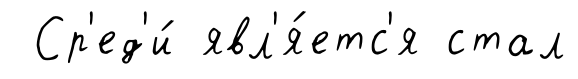
Ср'ед'и́ явл'я́етс'я стал